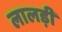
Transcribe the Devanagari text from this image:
लालड़ी